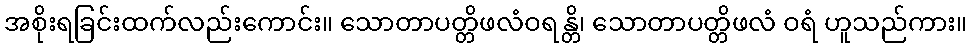
အစိုးရခြင်းထက်လည်းကောင်း။ သောတာပတ္တိဖလံဝရန္တိ၊ သောတာပတ္တိဖလံ ဝရံ ဟူသည်ကား။